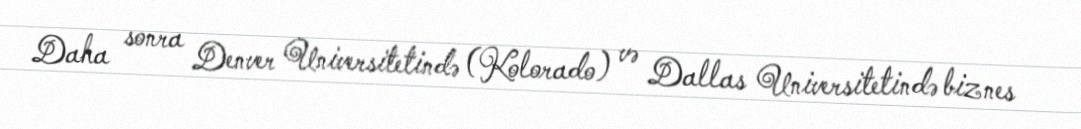
Daha sonra Denver Universitetində (Kolorado) və Dallas Universitetində biznes